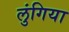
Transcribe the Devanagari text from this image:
लुंगिया